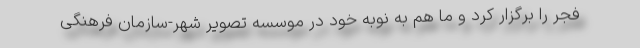
فجر را برگزار کرد و ما هم به نوبه خود در موسسه تصویر شهر-سازمان فرهنگی